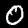
Label: 0